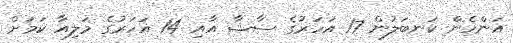
އަންހެން ކަނބަލުން 17 އަހަރުގެ ސާޝާ އާއި 14 އަަހަރުގެ މަލިއާ ކަމަށް